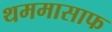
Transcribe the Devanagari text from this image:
थममासाफ